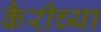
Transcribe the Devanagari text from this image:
कैरीच्या